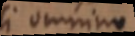
si omnino